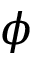
\phi